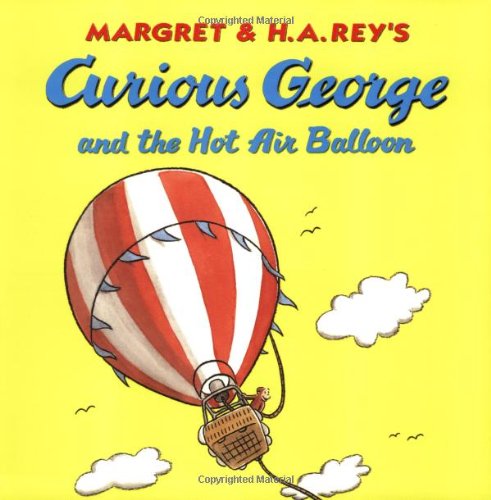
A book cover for Curious George and the Hot Air Balloon; H. A. Rey; Children's Books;